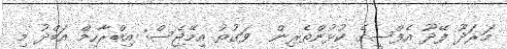
މަރަދޫ ފޭދޫ އެފްސީގެ ކުޅުންތެރިން  ވަގުތު އިމޭޖެސް: އިބްރާހިމް އަބްދު މި